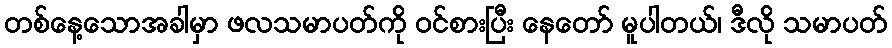
တစ်နေ့သောအခါမှာ ဖလသမာပတ်ကို ဝင်စားပြီး နေတော် မူပါတယ်၊ ဒီလို သမာပတ်